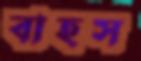
বাহস